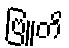
ဗြူတိ